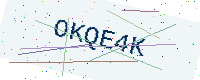
Text: OKQE4K